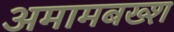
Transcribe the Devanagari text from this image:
अमामबख्श